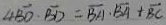
4 \overrightarrow { B O } \cdot \overrightarrow { B D } = \overline { B A } \cdot \overrightarrow { B A } + \overline { B C }